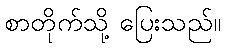
စာတိုက်သို့ ပြေးသည်။